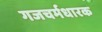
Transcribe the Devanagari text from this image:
गजचर्मधारक